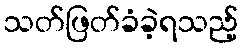
သတ်ဖြတ်ခံခဲ့ရသည့်